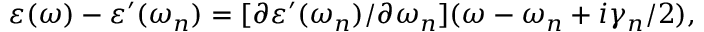
\varepsilon ( \omega ) - \varepsilon ^ { \prime } ( \omega _ { n } ) = [ \partial \varepsilon ^ { \prime } ( \omega _ { n } ) / \partial \omega _ { n } ] ( \omega - \omega _ { n } + i \gamma _ { n } / 2 ) ,